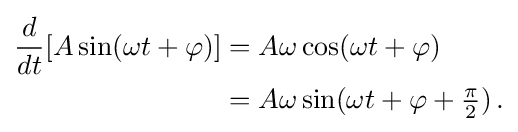
{\begin{aligned}{\frac {d}{dt}}[A\sin(\omega t+\varphi )]&=A\omega \cos(\omega t+\varphi )\\&=A\omega \sin(\omega t+\varphi +{\tfrac {\pi }{2}})\,.\end{aligned}}